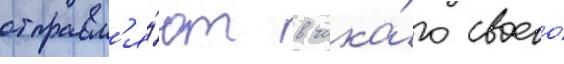
отправл'я́ют в чика́го своего́